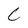
Character: C